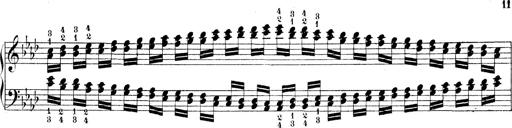
Title: Technische Studien
Composer: Franz Liszt